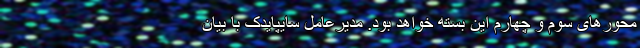
محورهای سوم و چهارم این بسته خواهد بود. مدیرعامل سایپایدک با بیان